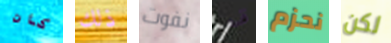
كان ذلك نفوت قد نحزم لكن